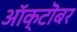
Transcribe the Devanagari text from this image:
आॅक्टॊबर